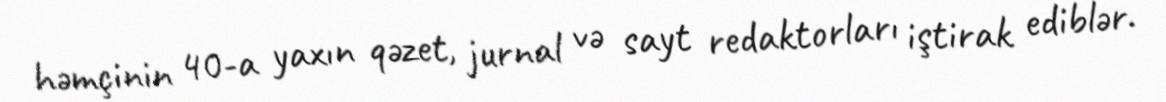
həmçinin 40-a yaxın qəzet, jurnal və sayt redaktorları iştirak ediblər.